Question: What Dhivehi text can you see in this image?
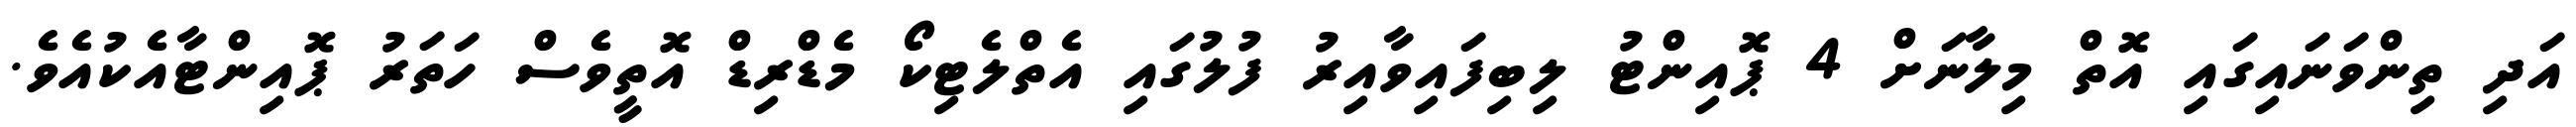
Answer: އަދި ތިންވަނައިގައި އޮތް މިލާނަށް 4 ޕޮއިންޓު ލިބިފައިވާއިރު ފުލުގައި އެތްލެޓިކޯ މެޑްރިޑް އޮތީވެސް ހަތަރު ޕޮއިންޓާއެކުއެވެ.